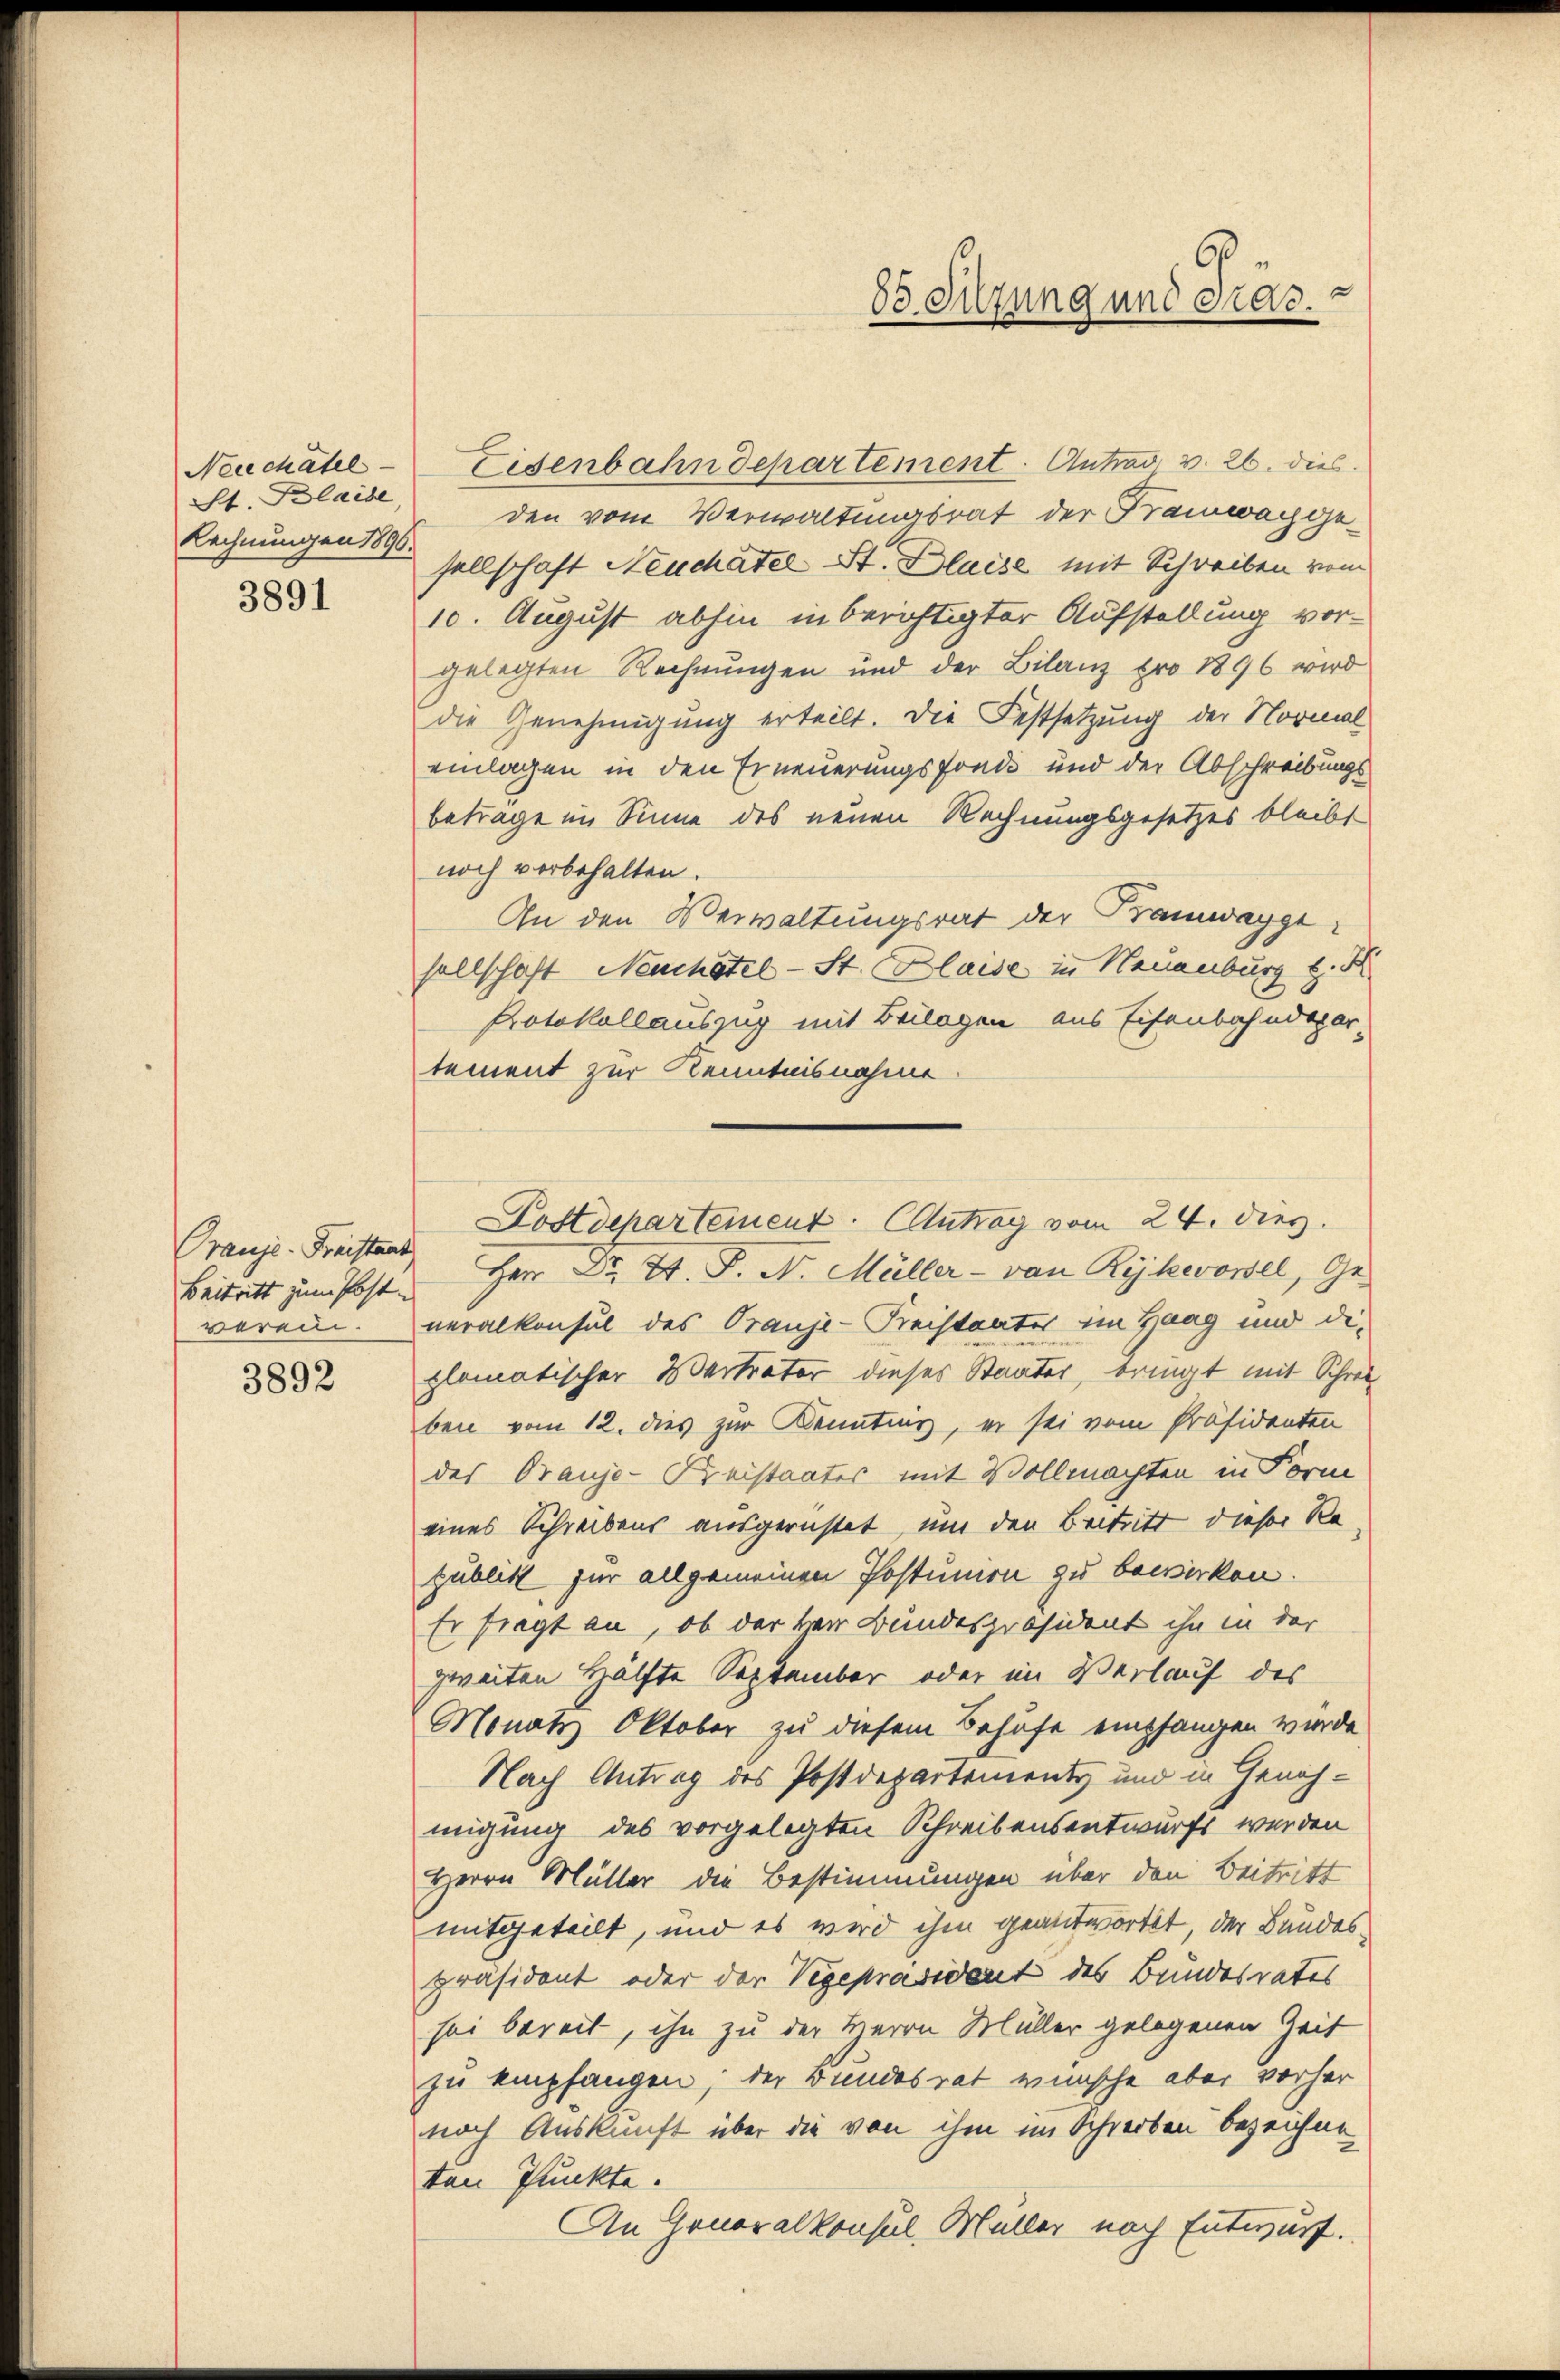
St. Blaide
Rechnungen 1896.

3891

Prauje Freistant
verein.

3892

6
83. Suzung und dras.

Neuchâtel-Eisenbahndepartement. Antrag v. 26. dies
den vom Verwaltungsrat der Kramwaggesellschaft Neuchâtel St. Bluise mit Schreiben vom
10. August abhin in berichtigter Aufstellung vorgelegten Rechnungen und der Bilanz pro 1896 wird
die Genehmigung erteilt. Die Festsetzung der Normal
einlagen in den Erneuerungsfonde und der Abschreibungs
betrage im Sinne des neuen Rechnungsgesetzes bleibt
noch vorbehalten.
An den Verwaltungsrat der Tramwaygesellschaft Neuchâtel-St. Blaise in Neuenburg k. K
Protokollauszug mit Beilagen aus Eisenbahndepar-
tement zur Kenntnisnahme
Beitritt zum Post Herr Dr. Zt. P. N. Müller - von Rykevowel, Ge-
neralkonsul des Oranje-Kreistanter im Haag und die
plomatischer Vertrater dieses Staates, bringt mit Schrei
ben vom 12. dies zur Kennting, er sei vom Präsidenten
des Oranje-Kreistaates mit Vollmachten in Form
eines Schreibens ausgerichtet, um den Beitritt dieser Re
zublikt für allgemeinen Postunion zu bewirken.
Er fiegt an, ob der Herr Bundespräsident ihn in der
zweiten Hälfte September oder im Verlauf des
Monats Oktober zu diesem Behufe empfangen wurde,
Nach Antrag des Postdepartements und in Genehmigung des vorgelegten Schreibensentwurfs werden
Herrn Müller die Bestimmungen über den Beitritt
mitgeteilt, und es wird ihm geantwortet, der Bundes
präsident oder der Vegepräsident des Bundesrates
sei bereit, ihn zu der Herrn Müller gelegenen Zeit
zu empfangen, der Bundesrat wünsche aber vorher
nach Auskunft über die von ihm im Schreiben bezeichnen
ten Punkte.
An Generalkonsul, Müller nach Entwurf.

Dostdepartement. Antrag vom 24. dies